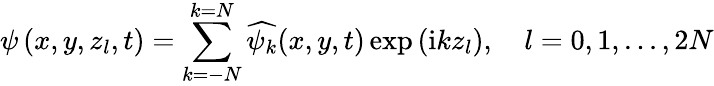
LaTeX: \psi\left(x,y,z_{l},t\right)=\sum_{k=-N}^{k=N}\widehat{\psi_{k}}(x,y,t)\exp\left(\mathrm{i}kz_{l}\right),\quad l=0,1,...,2N